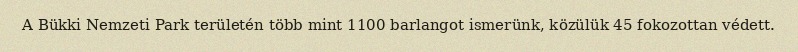
A Bükki Nemzeti Park területén több mint 1100 barlangot ismerünk, közülük 45 fokozottan védett.